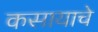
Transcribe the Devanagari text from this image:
कसायाचे